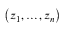
\left( z _ { 1 } , \ldots , z _ { n } \right)